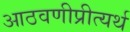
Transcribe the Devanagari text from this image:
आठवणीप्रीत्यर्थ